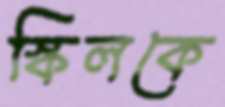
স্কিলকে